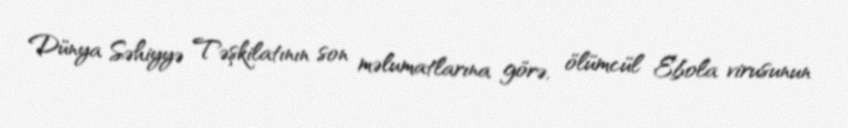
Dünya Səhiyyə Təşkilatının son məlumatlarına görə, ölümcül Ebola virusunun